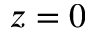
z = 0